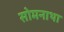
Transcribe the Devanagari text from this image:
सोमनाथा